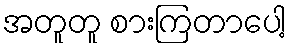
အတူတူ စားကြတာပေါ့